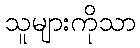
သူများကိုသာ